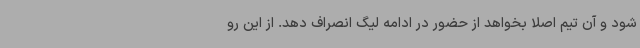
شود و آن تیم اصلا بخواهد از حضور در ادامه لیگ انصراف دهد. از این رو